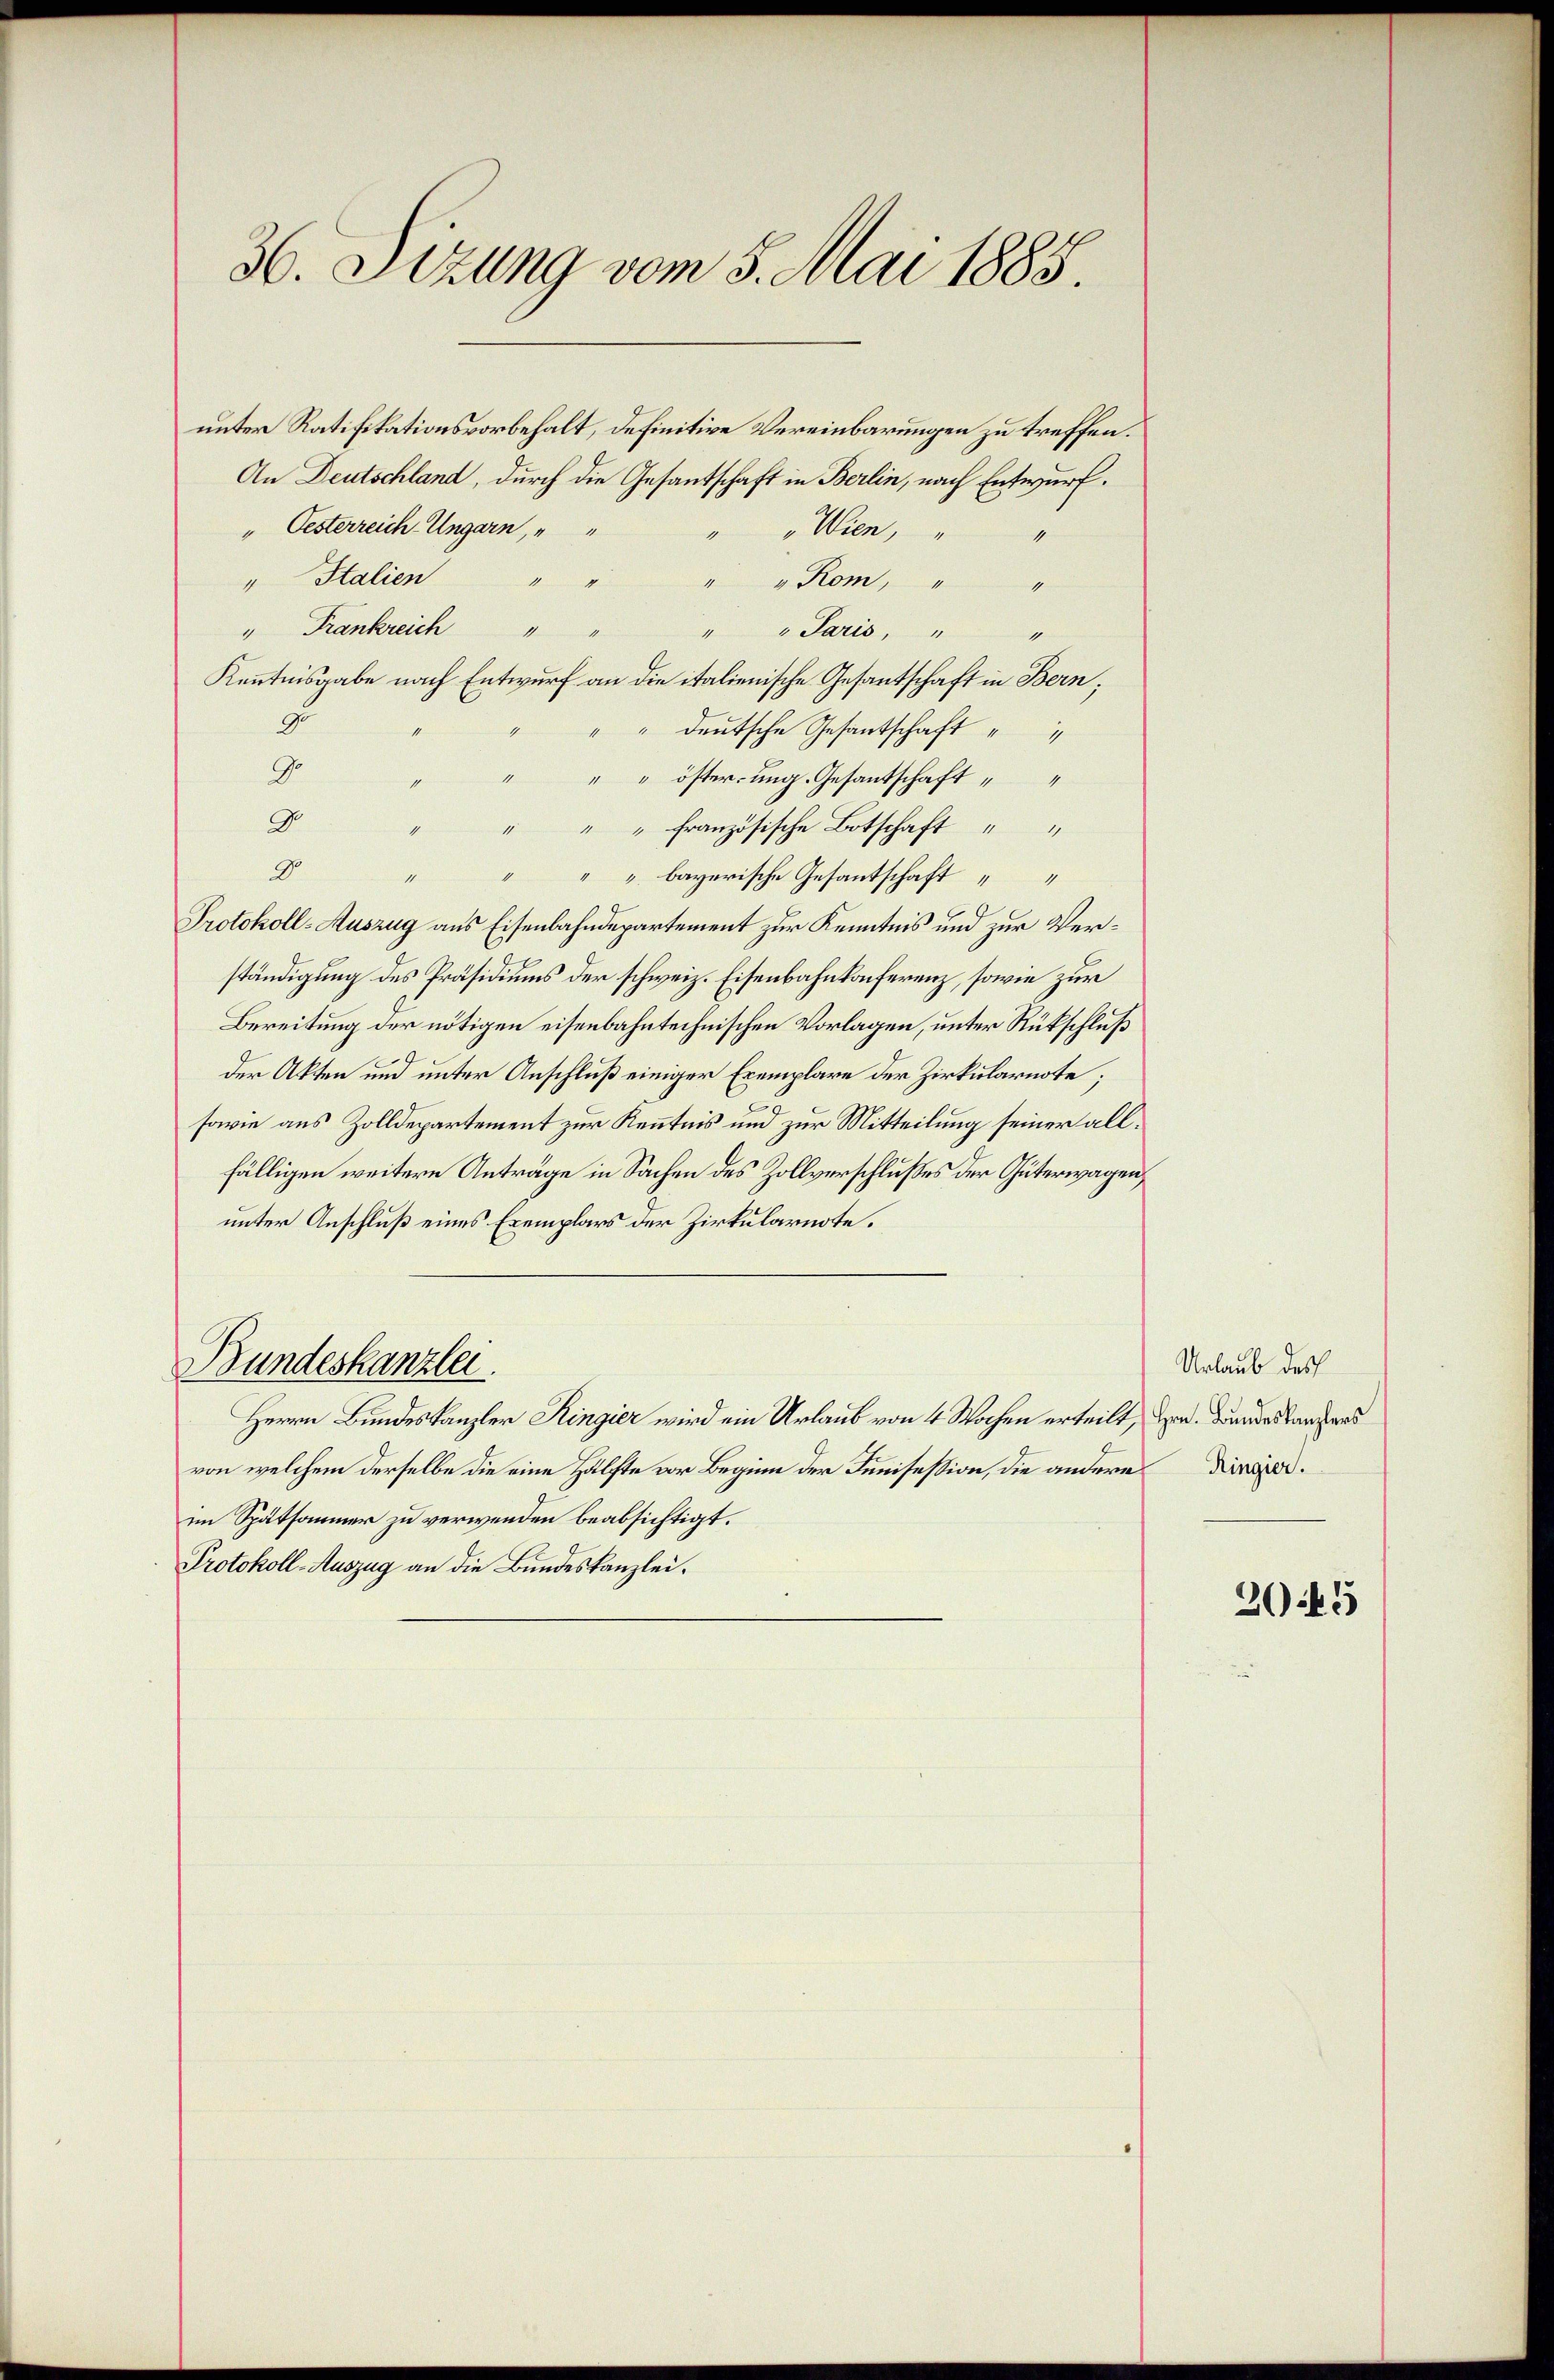
36. Sizung vom 5. Mai 1885.

unter Ratifikationsvorbehalt, definitive Vereinbarungen zu treffen.
An Deutschland, durch die Gesandschaft in Berlin, nach Entwurf.
" Oesterreich Ungarn, " "
" Wien,
" Italien " " " " Rom, " "
" Frankreich " "
" " Paris, " "
Kenntnisgabe nach Entwurf an die italienische Gesantschaft in Bern;
2
" " deutsche Gesantschaft
G.
" " " öster ung. Gesantschaft
D
1
" " " französische Botschaft " "
8
" " " " bayerische Gesantschaft
Protokoll-Auszug aus Eisenbahndepartement zur Kenntnis und zur Verständigung des Präsidiums der schweiz. Eisenbahnkonferenz, sowie zur
Bereitung der nötigen eisenbahntechnischen Vorlagen, unter Rückschluß
4
der Akten und unter Anschluß einiger Exemplare der Zirkularnote;
sowie aus Zolldepartement zur Kenntnis und zur Mitteilung seiner allfälligen weitere Anträge in Sachen des Zollverschlußes der Güterwagen,
unter Anschluß eines Exemplars der Zirkularnote.
Bundeskanzlei.
Herrn Bundeskanzler Ringier wird ein Urlaub von 4 Wochen erteilt, zur Bundestanzens
von welchem derselbe die eine Hälfte vor Beginn der Junisession, die andere Dinge
im Spätsommer zu verwenden beabsichtigt.
Protokoll-Auszug an die Bundeskanzlei.

Urlaub des

20445